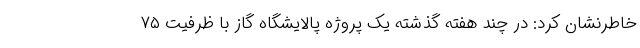
خاطرنشان کرد: در چند هفته گذشته یک پروژه پالایشگاه گاز با ظرفیت ۷۵